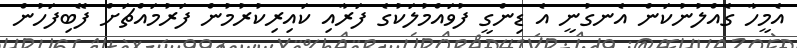
އެމީހާ ގެއްލުނުކަން އެނގުނީ އެ ޑިންގީ ފުވައްމުލަކުގެ ފަރާއި ކައިރިކުރުމުން ފަރުމައްޗަށް ފޭބިފަހުން